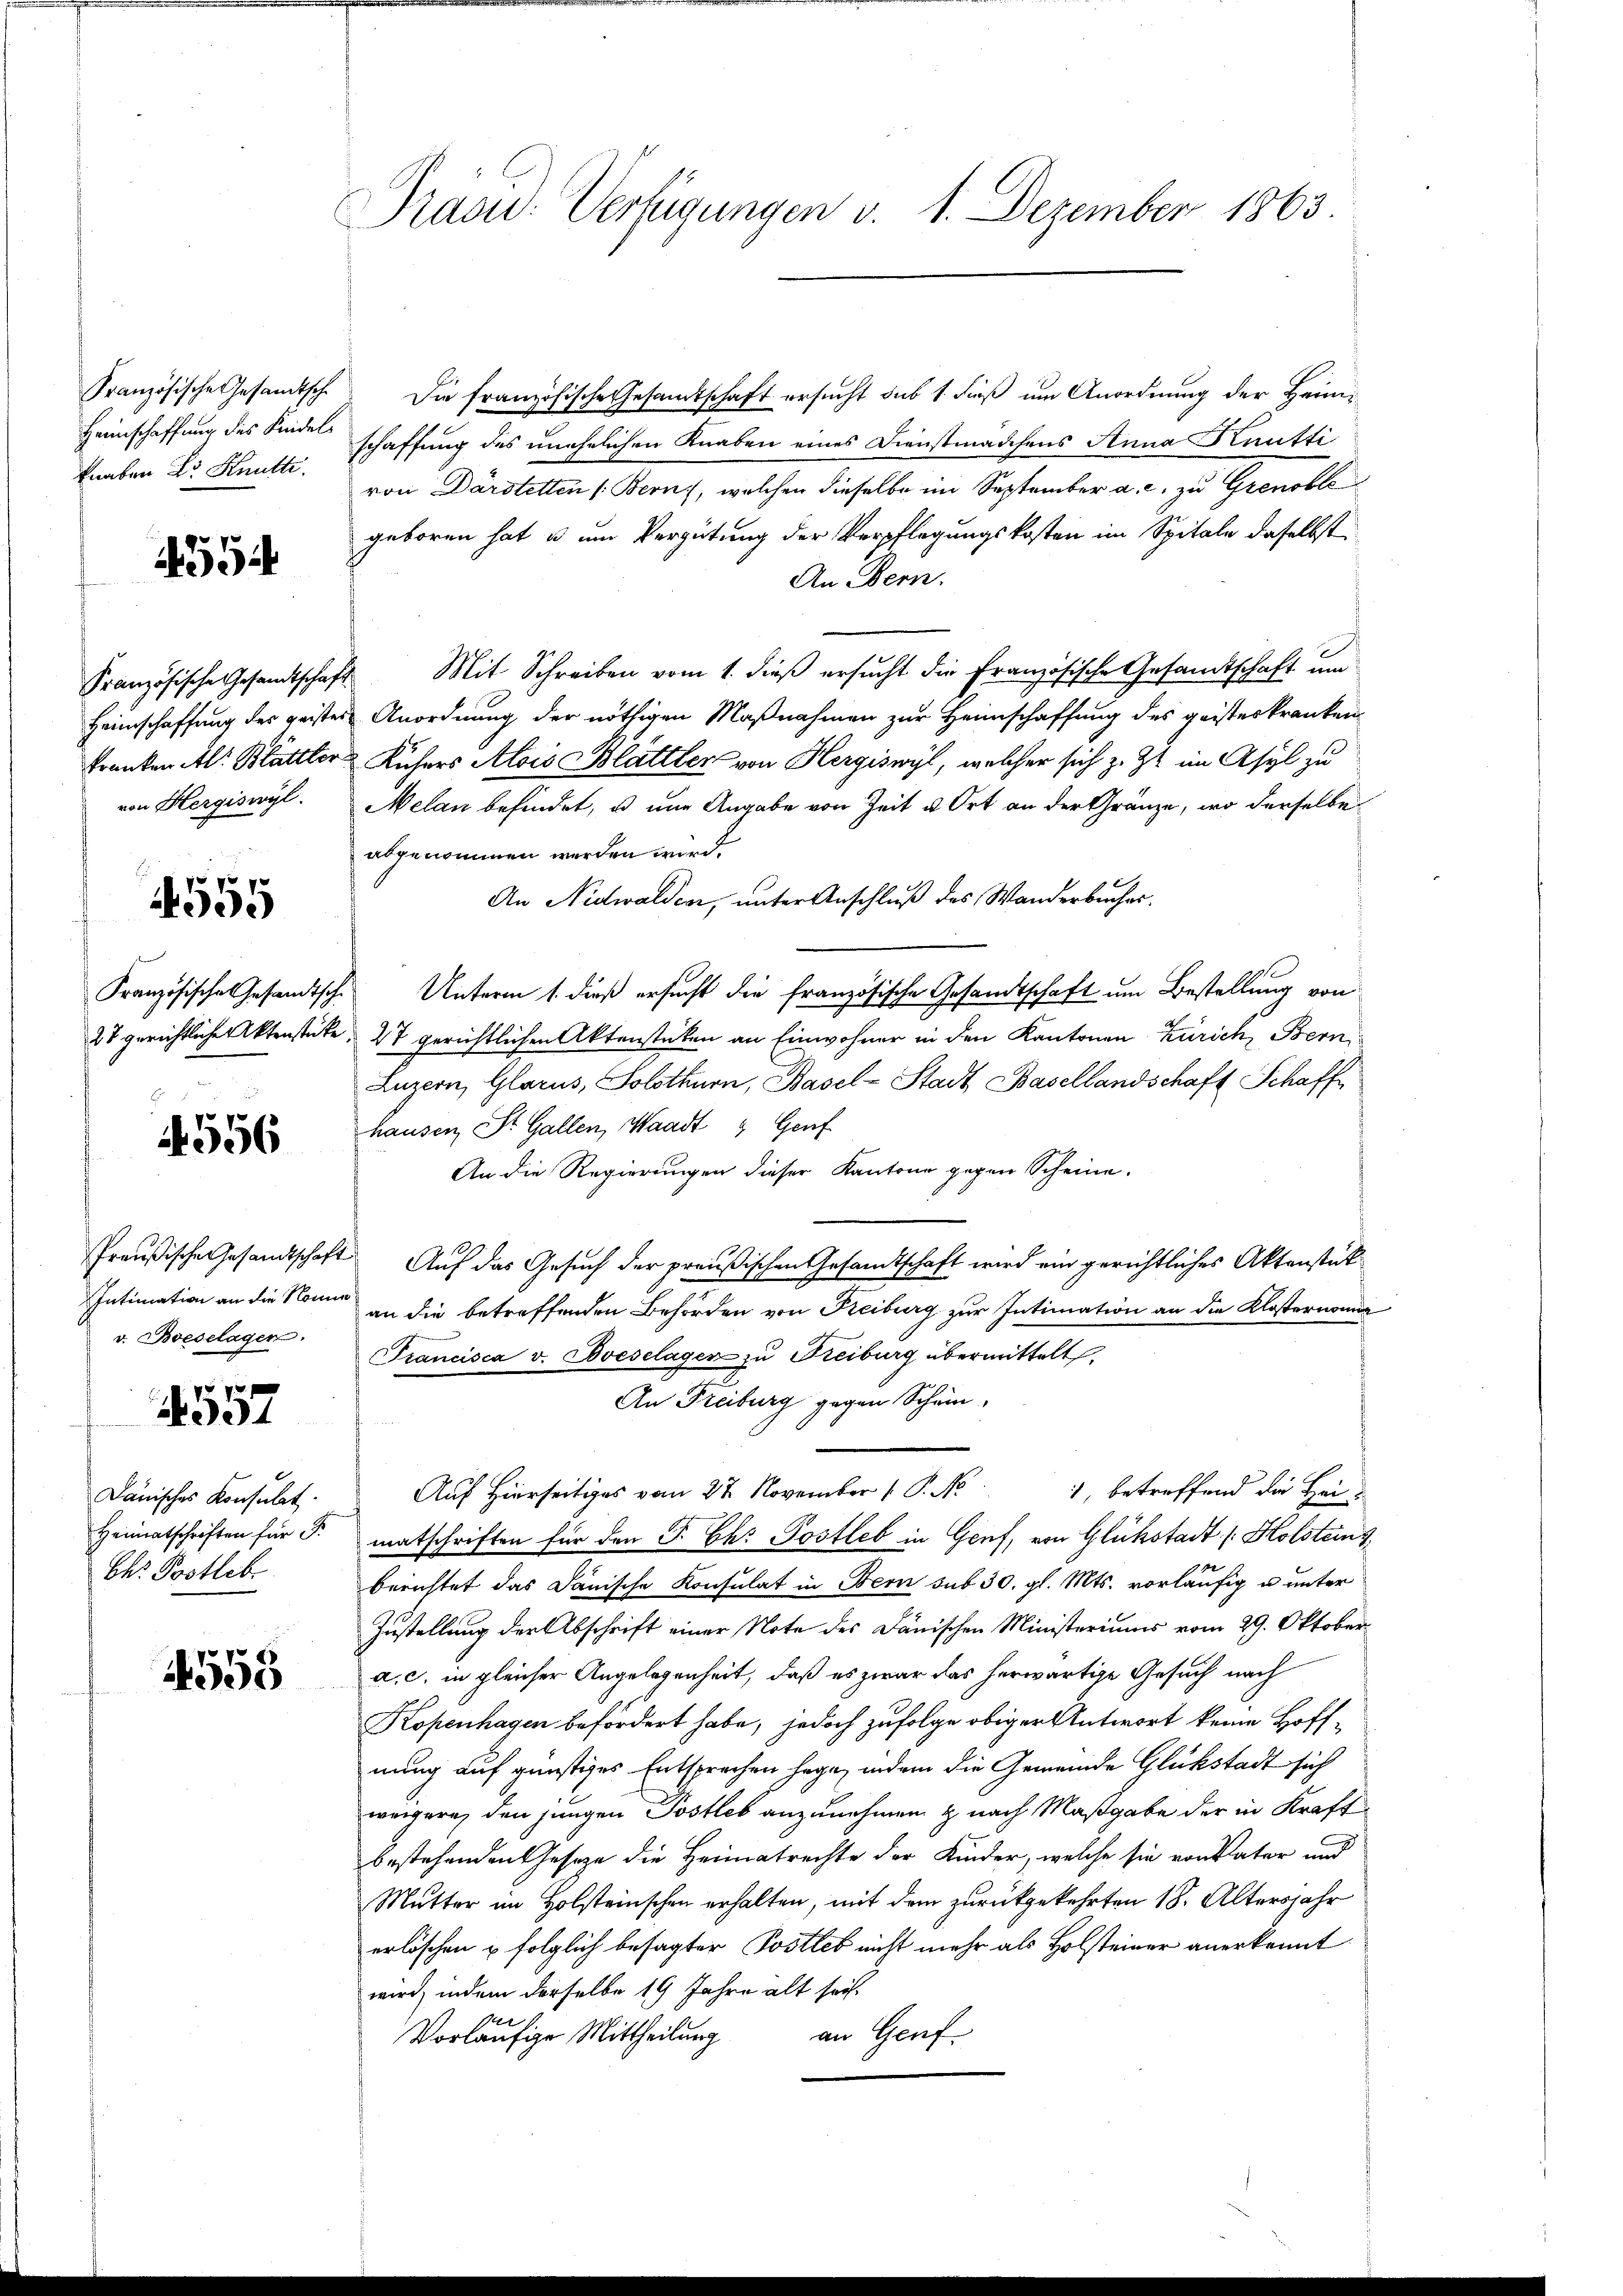
Heimschaffung des Kindelknaben Dr. Knütte.

4554

von Hergiswyl.

4555

4556

Intimation an die Nomin
v. Boeselagen.

4557

Dänisches Konsulat.
Heimatschriften für P
Ch. Postleb

4558

Präsid. Verfügungen v. 1. Dezember 1863.

Französische Gesandtsche. Die französische Gesandtschaft ersucht sub 1. dieß um Anordnung der Heimschaffung des unehelichen Knaben eines Dienstmädchens Anna Knutti
von Darstetten (Bern, welchen dieselbe im September a. c. zu Grenoble
geboren hat u um Vergütung der Verpflegungskosten im Spitale daselbst
An Bern.
Französische Gesandtschaft Mit Schreiben vom 1. dieß ersucht die französische Gesandtschaft um
Heimschaffung des geister Anordnung der nöthigen Maßnahmen zur Heimschaffung des geisterkranken
Franken Al. Blättler Küchers Alois Blättler von Hergiswyl, welcher sich z. Zt. im Asyl zu
Netan befindet, u nur Angabe von Zeit u Ort an der Gränze, wo derselbe
abgenommen werden wird.
An Nidwalden, unter Anschluß des Wanderbucher.
Französische Gesandtsch. Unterm 1. dieß ersucht die französische Gesandtschaft um Bestellung von
27 gerichtliche Aktenstücke, 27 gerichtlichen Aktenstüken an Einwohner in den Kantonen Zürich, Bern,
Luzern, Glarus, Solothurn, Basel-Stadt Basellandschaft Schaff
hausen, St. Gallen, Waadt & Genf
An die Regierungen dieser Kantone gegen Scheine
Preußische Gesandtschaft Auf das Gesuch der preußischen Gesandtschaft wird ein gerichtliches Aktenstück
an die betreffenden Behörden von Freiburg zur Intimation an die Klosternomi
Francisca v. Boeselagen zu Freiburg übermittelt
An Freiburg gegen Schein
1, betreffend die Hei¬
Auf Hierseitiges vom 27. November 1 P. N
matschriften für den P. Ch. Postleb in Genf, von Glükstadt /: Holsteing
berichtet das Janische Konsulat in Bern sub 30. gl. Mts. vorläufig u unter
Zustellung der Abschrift einer Note des Dänischen Ministeriums vom 29. Oktobera. c. in gleicher Angelegenheit, daß es zwar das herwärtige Gesuch nach
Kopenhagen befördert habe, jedoch zufolge obiger Antwort keine Hoffnung auf günstiges Entsprechen sage, indem die Gemeinde Glückstadt sich
weigere, den jungen Postleb anzunehmen & nach Maßgabe der in Kraft
bestehenden Gesetze die Heimatrechte der Kinder, welche sie von Vater und
Mutter im Holsteinschen erhalten, mit dem zurückgekehrten 18. Altersjahr
erlöschen u folglich besagter Postleb nicht mehr als Holsteiner anerkennt
wird, indem derselbe 19 Jahre alt sei.
an Genf.
Vorläufige Mittheilung